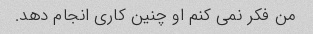
من فکر نمی کنم او چنین کاری انجام دهد.